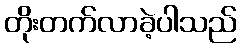
တိုးတက်လာခဲ့ပါသည်